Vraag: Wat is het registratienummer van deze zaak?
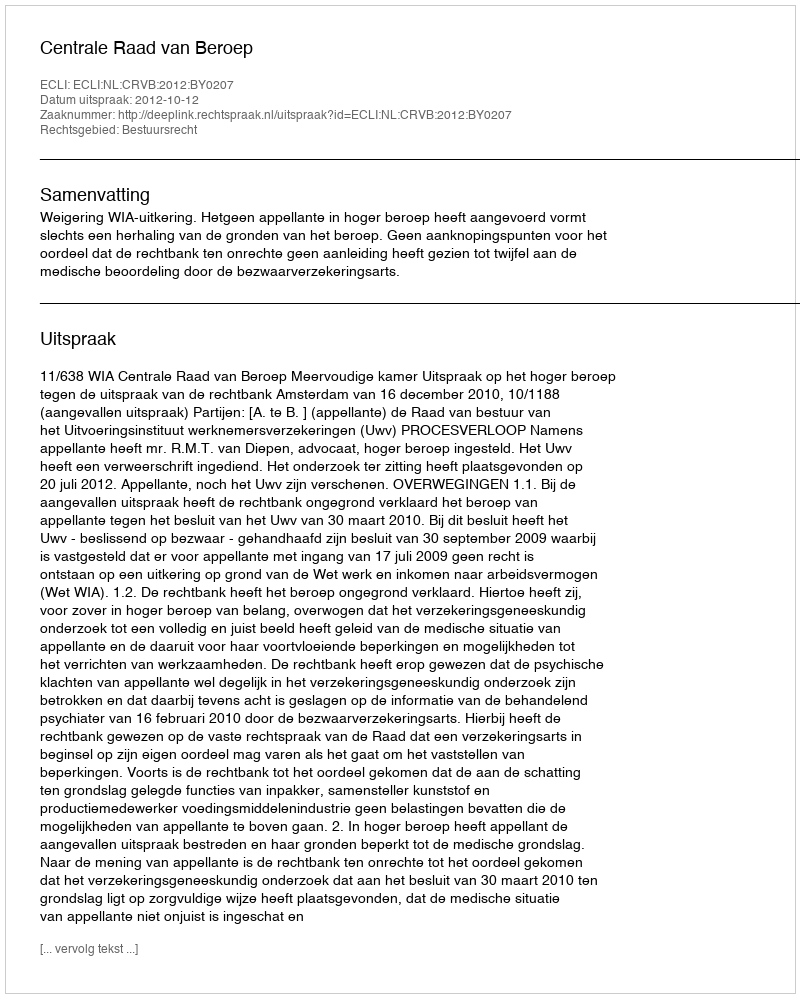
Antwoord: http://deeplink.rechtspraak.nl/uitspraak?id=ECLI:NL:CRVB:2012:BY0207